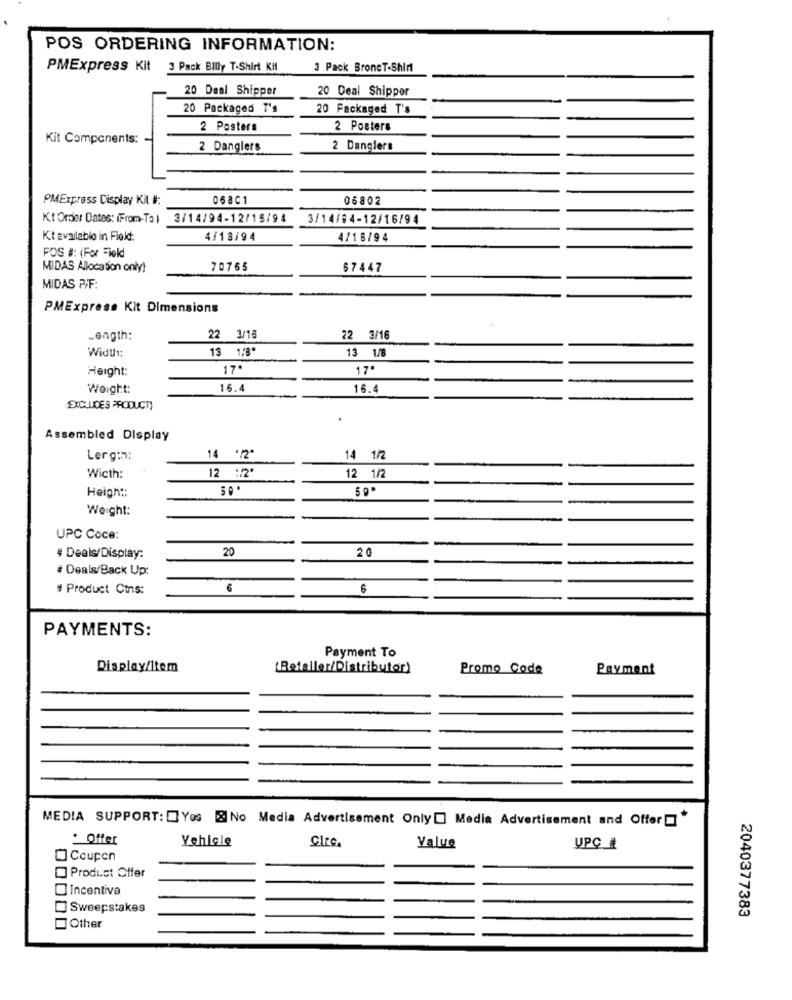
POS ORDERING INFORMATION:
PMExpress Kit 3 Pack Billy T-Shirt KM
3 Pack BroncT-Shirt
20 Deal Shipper
20 Deal Shipper
20 Packaged T's
20 Packaged T's
2 Posters
2 Posters
Kit Components:
2 Danglers
2 Danglers
PMExpress Display KA #:
068C1
06802
KtOrder Dates: (From-To) 3/14/94-12/15/94
3/14/84-12/16/94
Ki available in Field:
4/18/94
4/18/94
FOS #: (For Field
MIDAS Allocation only!
70765
67447
MIDAS P/F:
PMExpress Kit Dimensions
Length:
22 3/16
22 3/16
Width:
13 1/8"
13 1/8
Height:
17.
17.
Weight:
16.4
16.4
EXCLUDES PRODUCT)
Assembled Display
Lergm
14 '/2ª
14 1/2
Wicth:
12 :/2*
12 1/2
Heigh ::
Weight:
UPC Coce:
20
20
# Deals/Display:
# Deals/Back Up:
# Product Ctns:
6
6
PAYMENTS:
Payment To
Display/Item
(Refaller/Distributor)
Promo Code
Payment
MEDIA SUPPORT: Yos &No Media Advertisement Only Media Advertisement and Offer"
* Offer
Vehicle
Cire.
Value
UPC #
Coupon
] Product Offer
Incentive
Sweepstakes
2040377383
Other